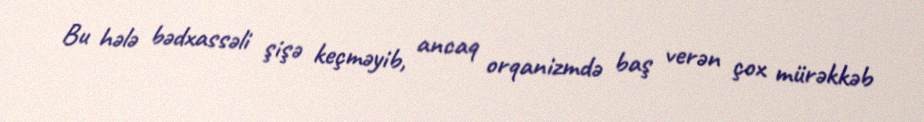
Bu hələ bədxassəli şişə keçməyib, ancaq orqanizmdə baş verən çox mürəkkəb